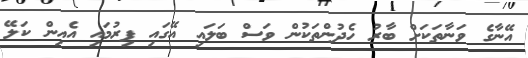
އޭނާގެ ވަނާތަކަށް ބާރު ހެދުންތަކުން ވަސް ބަލައި އޭގައި ފިރުމައި އެއިން ކަލޭ